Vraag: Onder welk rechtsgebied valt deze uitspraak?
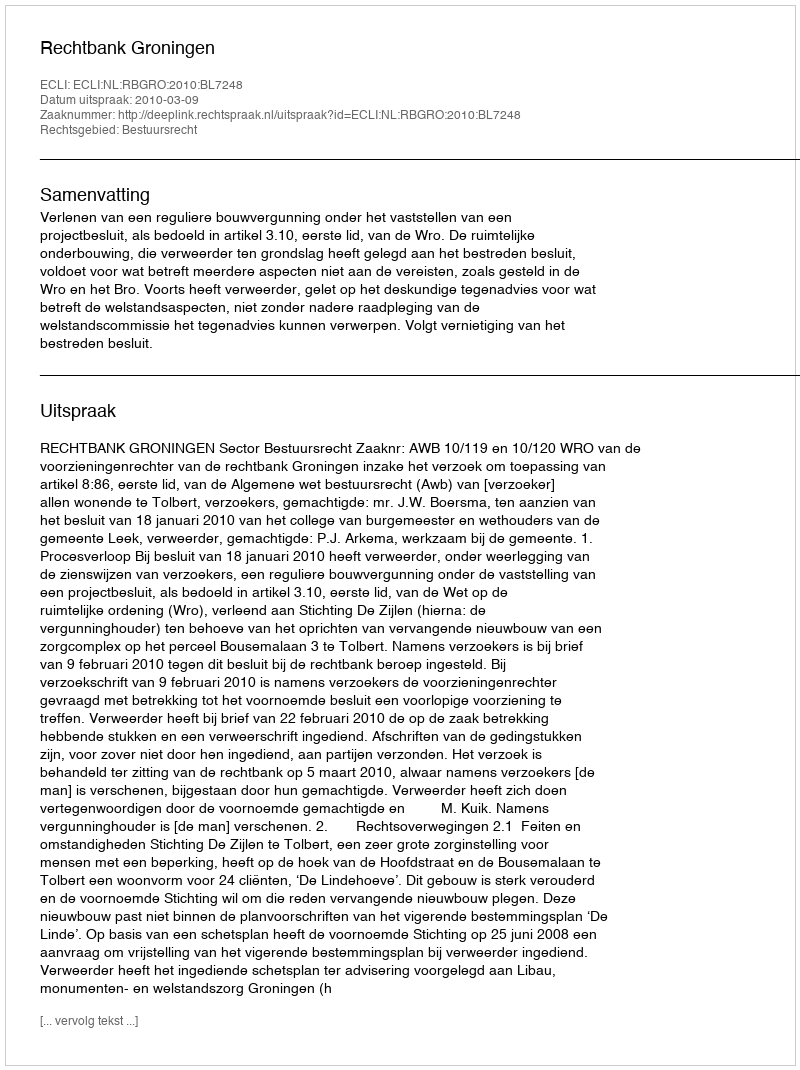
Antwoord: Bestuursrecht